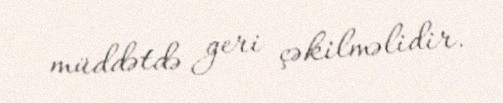
müddətdə geri çəkilməlidir.